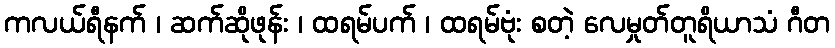
ကလယ်ရီနက် ၊ ဆက်ဆိုဖုန်း ၊ ထရမ်ပက် ၊ ထရမ်ဗုံး စတဲ့ လေမှုတ်တူရိယာသံ ဂီတ